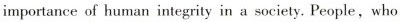
importance of human integrity in a society. People,who